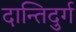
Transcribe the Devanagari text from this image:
दान्तिदुर्ग